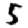
Digit: 5